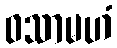
ဝသာမဟံ